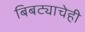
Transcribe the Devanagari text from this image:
बिबट्याचेही